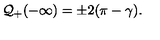
{ \cal Q } _ { + } ( - \infty ) = \pm 2 ( \pi - \gamma ) .